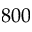
8 0 0